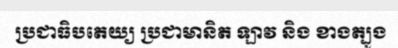
ប្រជាធិបតេយ្យ ប្រជាមានិត ឡាវ និង ខាងត្បូង